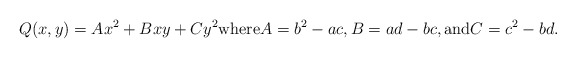
\begin{align*} Q(x,y) = Ax^2 + Bxy + Cy^2 \mbox{where} A = b^2 - ac, B = ad - bc, \mbox{and} C = c^2 - bd.\end{align*}